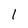
Character: l